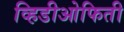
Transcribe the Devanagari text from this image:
व्हिडीओफिती